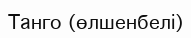
Танго (өлшенбелі)